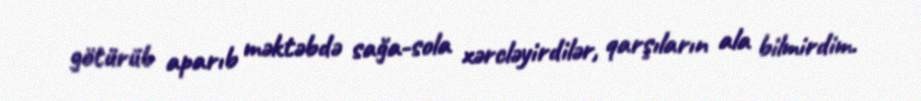
götürüb aparıb məktəbdə sağa-sola xərcləyirdilər, qarşıların ala bilmirdim.